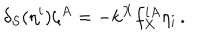
LaTeX: \delta _ { S } ( \eta ^ { i } ) \zeta ^ { A } = - k ^ { X } f _ { X } ^ { i A } \eta _ { i } \, .